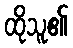
ထိုသူ၏